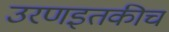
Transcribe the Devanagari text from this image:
उरणइतकीच